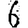
Digit: 6